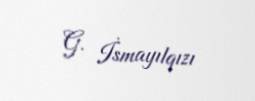
G. İsmayılqızı